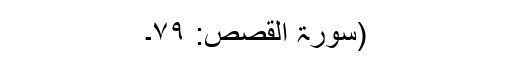
(سورۃ القصص: ۷۹۔